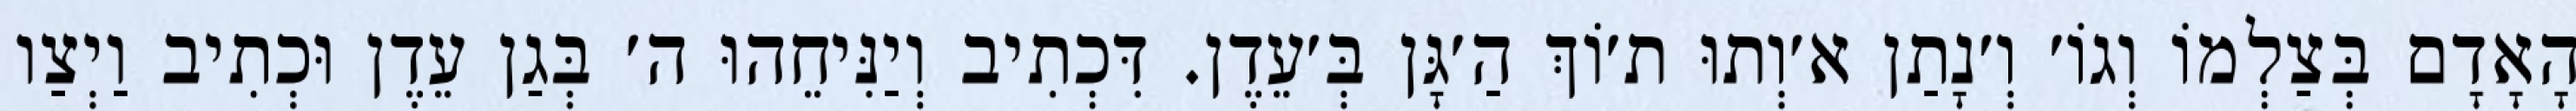
הָאָדָם בְּצַלְמוֹ וְגוֹ׳ וְ׳נָתַן א׳וְתוּ ת׳וֹךְ הַ׳גָּן בְּ׳עֵדֶן. דִּכְתִיב וְיַנִּיחֵהוּ ה׳ בְּגַן עֵדֶן וּכְתִיב וַיְצַו